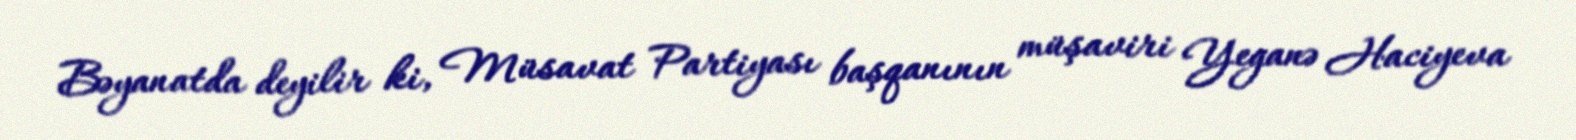
Bəyanatda deyilir ki, Müsavat Partiyası başqanının müşaviri Yeganə Haciyeva